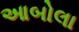
આબોલા